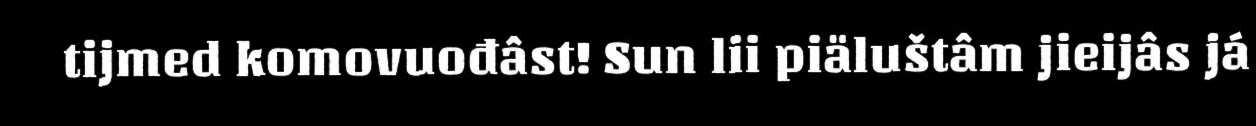
tijmed komovuođâst! Sun lii piäluštâm jieijâs já